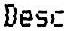
DESC